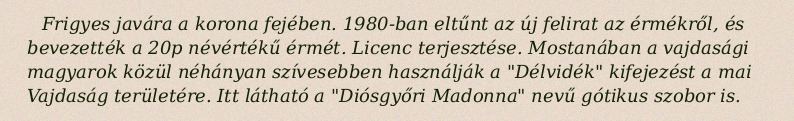
Frigyes javára a korona fejében. 1980-ban eltűnt az új felirat az érmékről, és bevezették a 20p névértékű érmét. Licenc terjesztése. Mostanában a vajdasági magyarok közül néhányan szívesebben használják a "Délvidék" kifejezést a mai Vajdaság területére. Itt látható a "Diósgyőri Madonna" nevű gótikus szobor is.